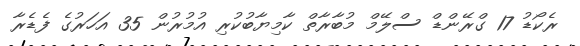
ރެކޯޑު 17 ގްރޭންޑް ސްލޭމް މުބާރާތް ކާމިޔާބުކުރި އުމުރުން 35 އަހަރުގެ ފެޑެރާ